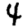
Digit: 4